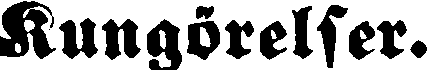
Kungörelser.